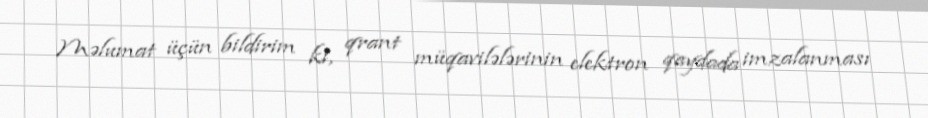
Məlumat üçün bildirim ki, qrant müqavilələrinin elektron qaydada imzalanması